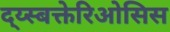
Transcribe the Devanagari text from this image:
द्य्स्बक्तेरिओसिस